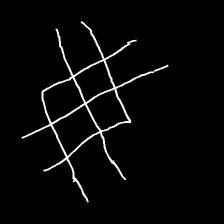
Glyph: crystal